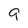
Character: g